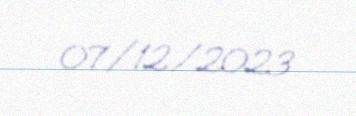
07/12/2023